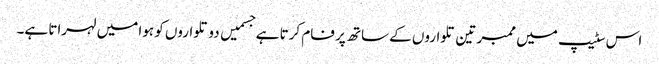
اس سٹیپ میں ممبر تین تلواروں کے ساتھ پر فام کرتا ہے جسمیں دو تلواروں کو ہوا میں لہراتا ہے۔